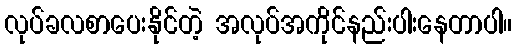
လုပ်ခလစာပေးနိုင်တဲ့ အလုပ်အကိုင်နည်းပါးနေတာပါ။